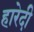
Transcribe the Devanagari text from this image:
हारेदी